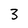
Character: 3